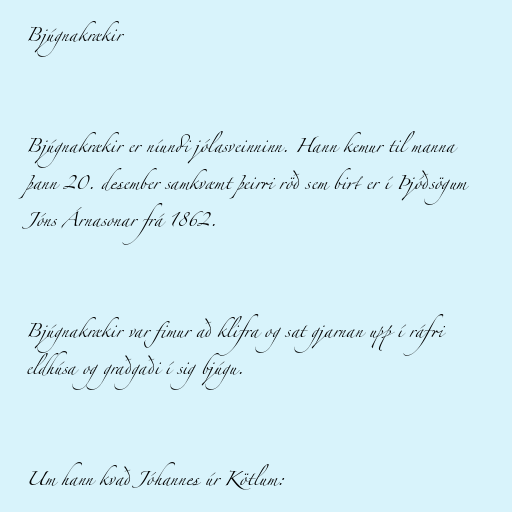
Bjúgnakrækir

Bjúgnakrækir er níundi jólasveinninn. Hann kemur til manna
þann 20. desember samkvæmt þeirri röð sem birt er í Þjóðsögum
Jóns Árnasonar frá 1862.

Bjúgnakrækir var fimur að klifra og sat gjarnan upp í ráfri
eldhúsa og graðgaði í sig bjúgu.

Um hann kvað Jóhannes úr Kötlum: